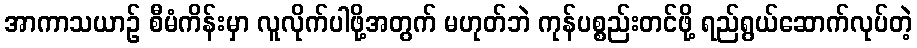
အာကာသယာဉ် စီမံကိန်းမှာ လူလိုက်ပါဖို့အတွက် မဟုတ်ဘဲ ကုန်ပစ္စည်းတင်ဖို့ ရည်ရွယ်ဆောက်လုပ်တဲ့